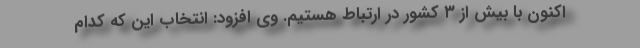
اکنون با بیش از ۳ کشور در ارتباط هستیم. وی افزود: انتخاب این که کدام